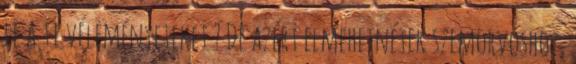
le a ti véleményeteket ? De azért elmehetnétek szemorvoshoz,